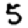
Digit: 5